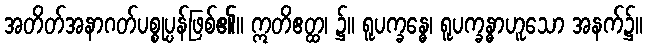
အတိတ်အနာဂတ်ပစ္စုပ္ပန်ဖြစ်၏။ ဣတိဧတ္ထ၊ ၌။ ရူပက္ခန္ဓေ၊ ရူပက္ခန္ဓာဟူသော အနက်၌။